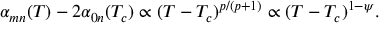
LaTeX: \alpha _ { m n } ( T ) - 2 \alpha _ { 0 n } ( T _ { c } ) \propto ( T - T _ { c } ) ^ { p / ( p + 1 ) } \propto ( T - T _ { c } ) ^ { 1 - \psi } .